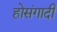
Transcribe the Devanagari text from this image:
होसंगादी